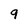
Character: 9